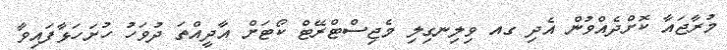
މުރާޖައާ ކޮށްދެއްވުން އެދި ގއ ވިލިނގިލި މެޖިސްޓްރޭޓް ކޯޓަށް އާދީއްތަ ދުވަހު ހުށަހަޅާފައިވާ